Vaccination in the Punjab 1883-1896 - 1883-1896
Year: 1883
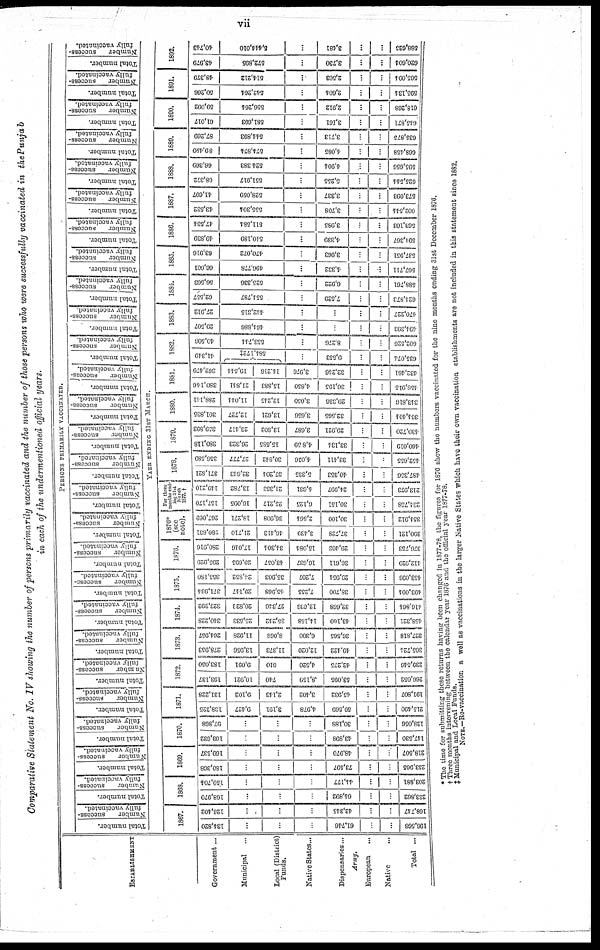
vii
Comparative Statement No. IV showing the number of persons primarily vaccinated and the number of those persons who were successfully vaccinated in the Punjab
in each of the undermentioned official years.
ESTABLISHMENT
Government ...
Municipal ...
Local (District)
Funds.
Native States...
Dispensaries...
Army.
European ...
Native ...
Total ...
PERSONS PRIMARILY VACCINATED.
Total number.
Number
success-
fully vaccinated.
Total number.
Number
success-
fully vaccinated.
Total number.
Number
success-
fully vaccinated.
Total number.
Number
success-
fully vaccinated.
Total number.
Number
success-
fully vaccinated.
Total number.
Number
success-
fully vaccinated.
Total number.
Number
success-
fully vaccinated.
Total number.
Number
success-
fully vaccinated.
Total number.
Number
succcss-
fully vaccinated.
Total number.
Number
success-
fully vaccinated. _
Total number.
Number
success-
fully vaccinated.
Total number.
ft umber
success-
fully vaccinated.
Total number.
Number
success-
fully vaccinated.
Total number.
Number
success-
fully vaccinated.
Total number.
Number
success-
fully vaccinated.
Total number.
Number
success-
fully vaccinated.
Total number.
Number
success-
fully vaccinated.
Total number.
Number
success-
fully vaccinated.
Total number.
Number
success¬
fully vaccinated.
Total number.
Number
success-
fully vaccinated.
Total number.
Number
success-
fully vaccinated.
Total number.
Number
success-
fully vaccinated.
Total number.
Number
success
fully vaccinated.
Total number.
Number
success
fully vaccinated.
Total number.
Number
success-
fully vaccinated.
Total number.
Number
success-
fully vaccinated.
Total number.
Number
success-
fully vaccinated.
YAER ENDING 31ST MARCH.
1867.
134,820
...
...
61,746
...
196,560
126,402
...
...
42,345
...
168,747 I
1868.
168,970
...
...
64,892
...
233,862 1
159,704
...
...
44,177
...
203,881
1869.
180,368
...
...
73,597
253,905 1
169,537
...
...
4S.970
218,507 1
187
0. S
103,632
...
...
43.S9S |
i
;
147,530 |
97,868
30.18S |
...
128,050
1871.
138,325
9,427 1
3,191
4,978 I
59,569
1-
I 215,490 |
131,228
9,102
2,143 |
3,402
45,932
191,807
1872.
193,137
10,921
740 1
,8,159 1
53,095 1
260,052 1
183,050
9,091
010 1
4,520 |
42,275
...
1 239,540 1
1873.
278,953
13.95G
11,373 1
12,020 1
49,122 |
f '"
305,724
264,957
11,928
8.06S 1
0,300 1
| 30,505 1
327,818 1
1874.
310.22S
25,533
35,242
14,158
1 43,100 1
...
j...
453,321 1
323,392
20,823
27,340
12,G,?0 1
1 32,008 1
410,864 |
1875.
371,934
29,147
45,963
7,255 j
38,700 1
...
403.004 1
355,1S0
24,352
35,903
7,207 1
1 20,951
453,090
1876.
295,929
20,605
43,057
16,637
30.GU 1
412,929 1
2S0.01G
17,010
34,304
15,084
| 29,403
...
370,753
1876*
(see
note).
1 '.'80,831
21,710
40,413
3,439
37.72S
...
1 390,121
1 2G7,oeo
18,271
30,003
2,504
| 30,100
...
354,912
For three
mouths and¬
ing 31st
March
1877. †
157,170
| 16,095
25,217
0,125
30,151 1
...
231.75S
1 149,210
13.7S2
21,353
4,031
24,997 I
213,973
1878.
j 371.S21
32,643
37,204
5,335
40,353 1
...
...
437,350
1 350,5S9
| 27,777
30,842
4,030
| 33,411 1
"
452,655
1879.
1 3S0.11S
1 20,323
15.5S5
4,8 59
1 33,134
...
...
400,019
1 350,893
1 23,417
1 13.S02
3.GS7
29,921
430,720
1880.
1 301,835
1 12,727
13,021
3,656
32,565
...
364,404
1 288,141
1 11,014
12,245
3,050
29,330
343,810
1881.
1 380,140
| 21,841
1 15.S83
4.S50
j 30,195
...
458,915
1 362,479
| 19,544
14.210
3,976
| 32,246
Z.
| 432,461
1882.
' 1 41,349
.....
«
_„
584,172*
9,553
035,074
1 40,500
553,744
| 8,270
...
...
002,520
1883.
1 29,507
464, SS0
ll
.1
494,393
27,912
442,315
...
Jj
J
470,227
1884.
02,557
554,787
| 7,529
z
G24.S73
56,503
|
525,330
6,922
588,701
1885.
1 00,001
|
49G.77S
| 4,332
z
667,711
1 03,016
470,072
3,963
i
... 1
!
537,951
1886.
1 49,839
510,189
4,339
591,367
47,534
1
511,584
j 3.9S5
...
5G3.103
1887.
1 43,532
|
555,304
3,703
__
602,544
41,697
523,059
3,337
573,093
1888.
08,372
551,017
5,255
I 625,544
G6,3G9
524 383
4,904
i
595,656
1889.
| 89,4&9
674.S74
4.0S5
008,458
| 87,260
|
644,893
3,713
035,875
1890.
| 61,017
581,093
__
| 3,161
...
645,871
| 59,002
|
550,264
2,912
G18.26S
1891.
j 60,266
542,261
2,604
Z
595,134
43,370
514,212
2,503
565,094
1892.
1 43,979
|
572,895
3,730
...
...
020,601
40,743
6,444,010
3,481
...
...
I 688,025
* The time for submitting these returns having been changed in 1877-78, the figures for 1876 show the numbers vaccinated for the nine months ending 31st December 1876.
† Three months intervening between the calender year 1876 and the official year 1877-78.
‡Municipal and Local Funds.
NOTE.—Re-vaccination a well as vaccinations in the larger Native States which have their own vaccination etablishments are not included in this statement sinco 1882.